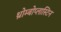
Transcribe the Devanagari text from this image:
थ्रोम्बोप्लास्टिन